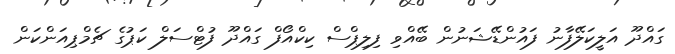
ގައްދޫ އަލީކަލޭފާނު ފައުންޑޭޝަނުން ބޭއްވި ފިލިޕްސް ކިކްއޯފް ގައްދޫ ފުޓްސަލް ކަޕުގެ ޗެމްޕިއަންކަން